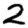
Digit: 2